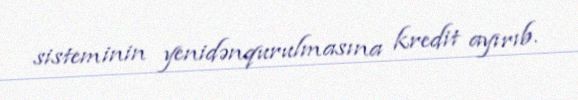
sisteminin yenidənqurulmasına kredit ayırıb.